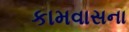
કામવાસના